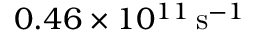
0 . 4 6 \times 1 0 ^ { 1 1 } \, \mathrm { s } ^ { - 1 }